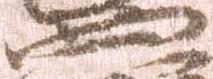
四